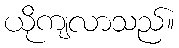
ယိုကျလာသည်။